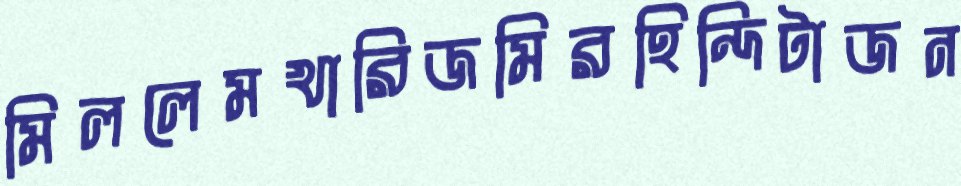
মিললেমখারিজমিরহিন্দিটাজন